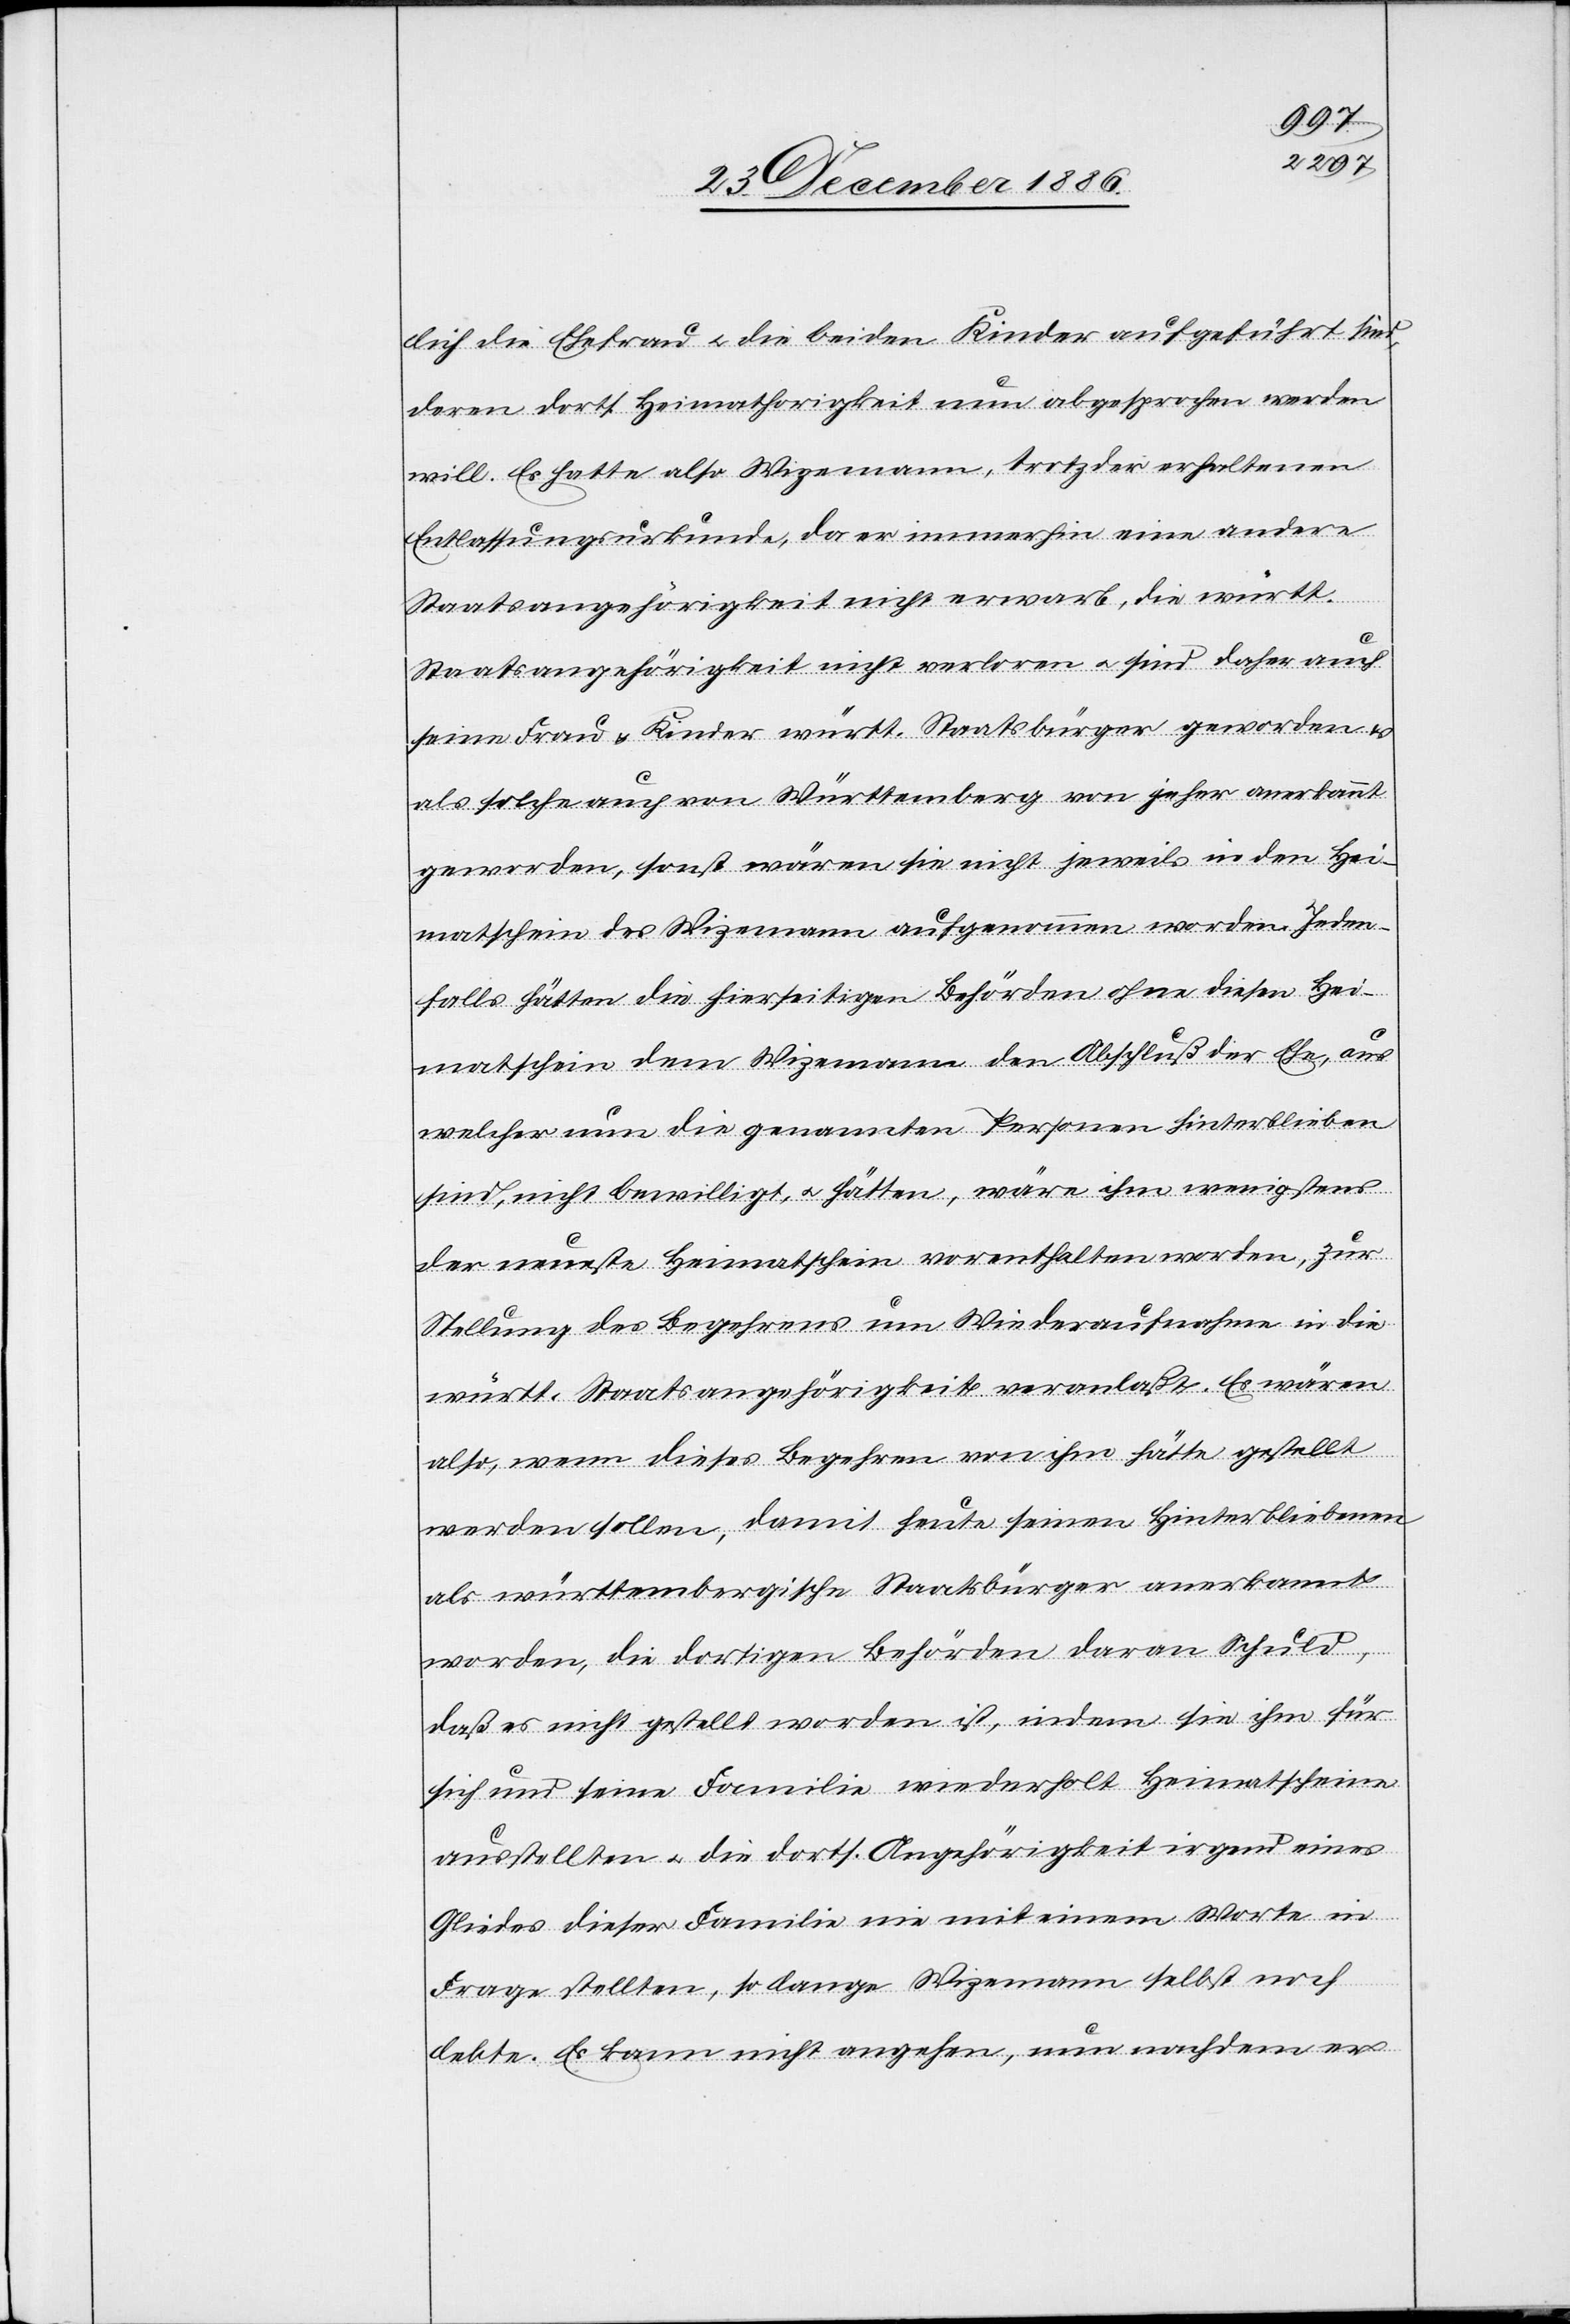
lich die Ehefrau & die beiden Kinder aufgeführt sind,
deren dorts. Heimathorigkeit [sic!] nun abgesprochen werden
will. Es hatte also Wizemann, trotz der erhaltenen
Entlassungsurkunde, da er immerhin eine andere
Staatsangehörigkeit nicht erwarb, die württ.
Staatsangehörigkeit nicht verloren & sind daher auch
seine Frau & Kinder württ. Staatsbürger geworden &
als solche auch von Württemberg von jeher anerkannt
geworden, sonst wären sie nicht jeweils in den Hei¬
matschein des Wizemann aufgenommen worden. Jeden¬
falls hätten die hierseitigen Behörden ohne diesen Hei¬
matschein dem Wizemann den Abschluß der Ehe, aus
welcher nun die genannten Personen hinterblieben
sind, nicht bewilligt, & hätten, wäre ihm wenigstens
der neueste Heimatschein vorenthalten worden, zur
Stellung des Begehrens um Wiederaufnahme in die
württ. Staatsangehörigkeit veranlaßt. Es wären
also, wenn dieses Begehren von ihm hätte gestellt
werden sollen, damit heute seinen Hinterbliebenen
als württembergische Staatsbürger anerkannt
daß es nicht gestellt worden ist, indem sie ihm für
sich und seine Familie wiederholt Heimatscheine
ausstellten & die dorts. Angehörigkeit irgend eines
Gliedes dieser Familie nie mit einem Worte in
Frage stellten, so lange Wizemann selbst noch
lebte. Es kann nicht angehen, nun nachdem er